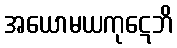
အယောမယကုဋေဘိ